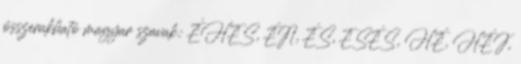
összerakható magyar szavak: ÉHES, ÉN, ÉS, ESÉS, HÉ, HÉJ,